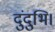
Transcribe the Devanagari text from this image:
दुंदुभि।